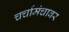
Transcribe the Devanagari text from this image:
चर्चामंचावर